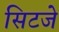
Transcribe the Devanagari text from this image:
सिटजे